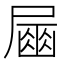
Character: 𡳘